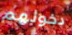
دخولهم